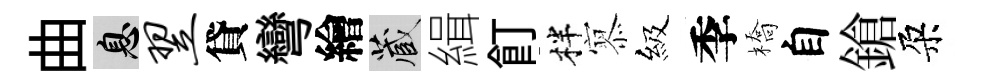
曲息翌貸彎繪藏緝飣柈𡪹級季橋自鎗朶